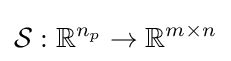
{\mathcal {S}}:\mathbb {R} ^{n_{p}}\to \mathbb {R} ^{m\times n}